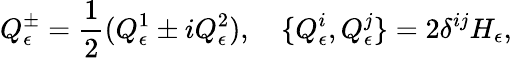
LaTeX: Q_{\epsilon}^{\pm}=\frac{1}{2}(Q_{\epsilon}^{1}\pm iQ_{\epsilon}^{2}),\quad\{ Q_{\epsilon}^{i},Q_{\epsilon}^{j}\} =2\delta^{ij}H_{\epsilon},